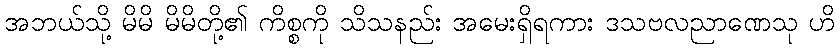
အဘယ်သို့ မိမိ မိမိတို့၏ ကိစ္စကို သိသနည်း အမေးရှိရကား ဒသဗလညာဏေသု ဟိ